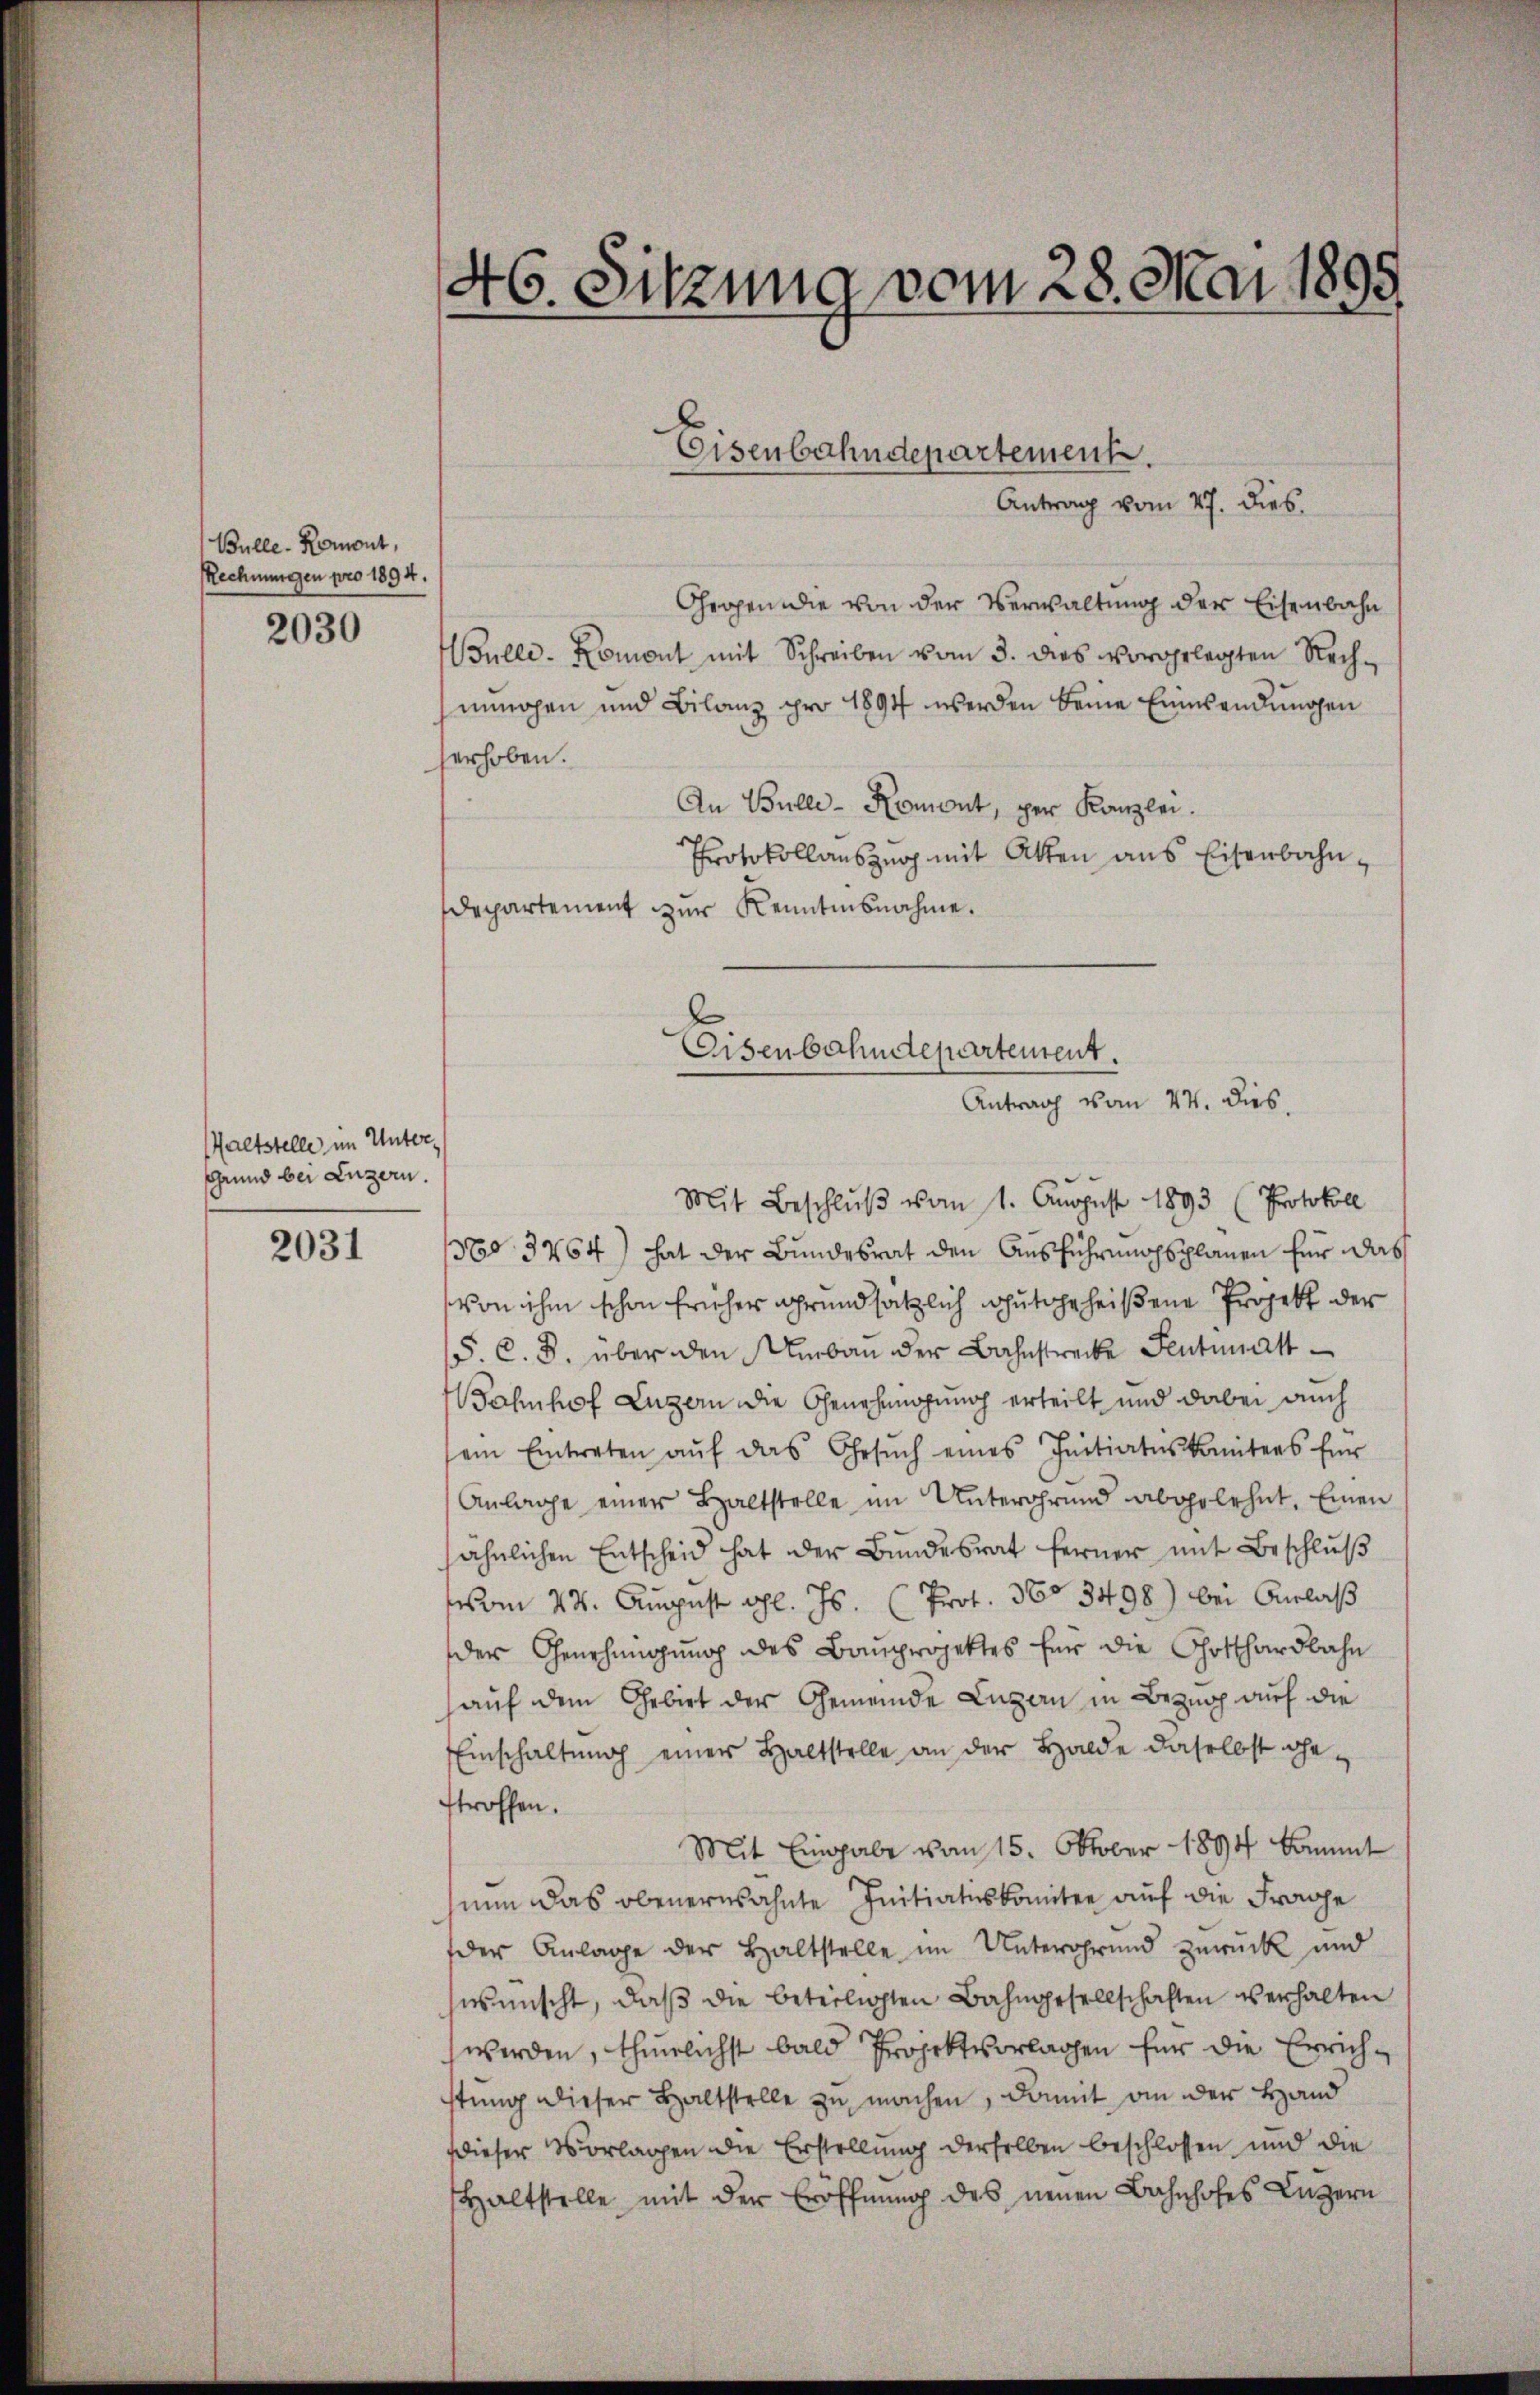
Bulle. Romont,
Rechnungen pro 1894.

2030

altstelle im Unter¬
Grund bei Luzern.

2031

Gegen die von der Verwaltung der Eisenbahn
Bulle. Romont mit Schreiben vom 3. dies vorgelegten Rech-
inohen und Bilanz pro 1894 werden keine Einwendungen
serhoben.
An Bulle-Romont, per Kanzlei.
Protokollaŭszŭg mit Akten ans Eisenbahndepartement zur Kenntnisnahme.

46. Sitzung vom 28. Mai 1898

Mit Beschluß vom 1. August 1893 (Protokoll
d 3264) hat der Bundesrat den Ausführungsplanen für das
von ihm schon früher grundsätzlich gutgeheißene Projekt der
S. C. S. über den Umbau der Bahnstrecke Sentiatt
Bahnhof Luzern die Genehmigung erteilt und dabei auch
ein Eintreten aŭf das Gesŭch eines Initiatuskomitees für
Anlage einer Haltstelle im Untergrund abgelehnt. Einen
ähnlichen Entscheid hat der Bŭndesrat ferner mit Beschlŭβ
vom 24. August l. Js. (Prot. 360 3498) bei Anlaß
der Genehmigung des Bauprojektes für die Gotthardbahn
auf den Gebiet der Gemeinde Luzern in Bezug auf die
Einschaltung einer Haltstelle an der Halde daselbst ohn
stroffen.
Mit Eingabe vom 15. Oktober 1894 kommt
nun das obenerwähnte Initiatiskomitee auf die Frage
der Anlage der Haltstelle im Untergrund zurück und
wünscht, daß die beteiligten Bahngesellschaften verhalten
werden, thunlichst bald Projektvorlagen für die Errichstung dieser Haltstelle zu machen, damit an der Hand
dieser Vorlagen die Erstellung derselben beschlossen und die
Haltstelle mit der Eröffnung des neuen Bahnhofes Luzern

Eisenbahndepartement.
Antrag vom 27. dies

Eisenbahndepartement.
Antrag vom 24. dies.